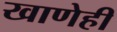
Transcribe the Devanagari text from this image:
खाणेही